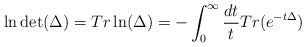
LaTeX: \begin{align*} \ln \det (\Delta) = Tr \ln (\Delta) = - \int_0^\infty \frac{dt}{t} Tr(e^{-t\Delta} )\end{align*}